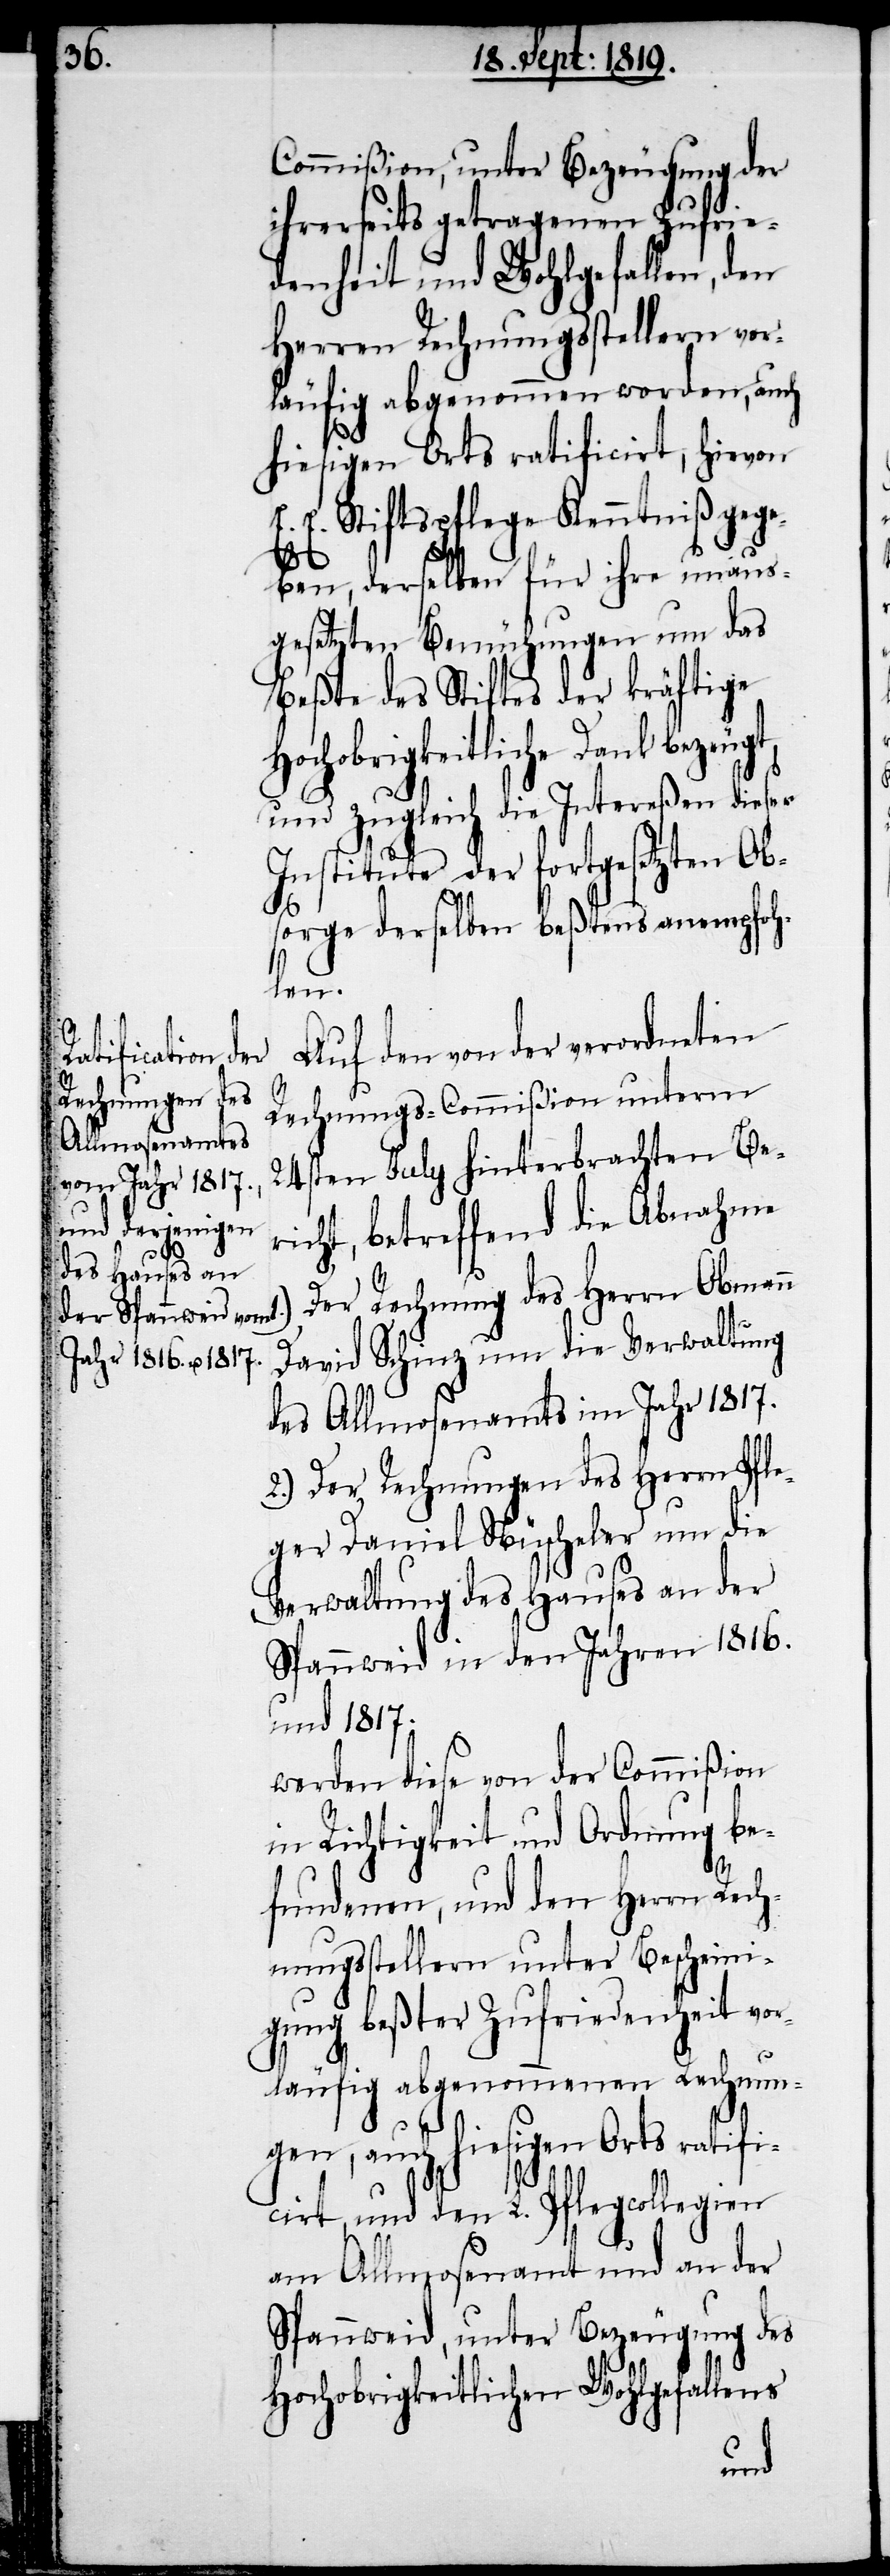
Commißion, unter Bezeugung der
ihrerseits getragenen Zufrie¬
denheit und Wohlgefallen, den
Herren Rechnungsstellern vor¬
läufig abgenommen worden, auch
hiesigen Orts ratificirt, hievon
E. E. Stiftspflege Kenntniß gege¬
ben, derselben für ihre unaus¬
gesetzten Bemühungen um das
Beßte des Stiftes der kräftige
ochobrigkeitliche Dank beze¬
und zugleich die Intereßen dieser
Institute aber fortgesetzten Ob¬
sorge derselben beßtens anempfoh¬
len.
Auf den von der verordneten
H¬
Rechnungs-Commißion unterm
24sten July hinterbrachten Be¬
richt, betreffend die Abnahme
Der Rechnung des Herrn Obman¬
David Schinz um die Verwaltung
des Allmosenamts im Jahr 1817.
2.) Der Rechnungen des Herrn Pfle¬
ger Daniel Nüscheler um die
Verwaltung des Hauses an der
Spannweid in den Jahren 1816.
und 1817.
werden diese von der Commißion,
in Richtigkeit und Ordnung be¬
fundenen, und den Herren Rech¬
nungsstellern unter Bescheini¬
gung beßter Zufriedenheit vor¬
läufig abgenommenen Rechnun¬
gen, auch hiesigen Orts ratifi¬
cirt, und den L. Pflegcollegien
am Allmosenamt und an der
Spannweid, unter Bezeugung des
Hochobrigkeitlichen Wohlgefallens
n